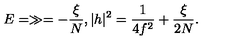
E = \gg = - \frac { \xi } { N } , | h | ^ { 2 } = \frac { 1 } { 4 f ^ { 2 } } + \frac { \xi } { 2 N } .